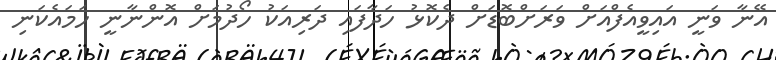
އޭނާ ވަނީ އައިވީއެފްއަށް ވަރަށްބޮޑަށް ދެކޮޅު ހަދާފައި ދަރިއަކު ހޯދުމަށް އޮންނާނީ ހަމައެކަނި